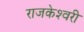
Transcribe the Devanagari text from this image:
राजकेश्‍वरी